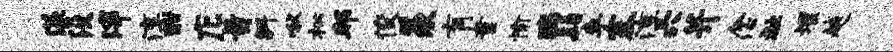
漾没滓淳酣庀旨斜啾松邦俊羡肓童愉瑞髫李塞淳穴并念祉堰越